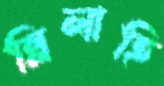
ল্লিলাহি